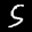
Label: 5